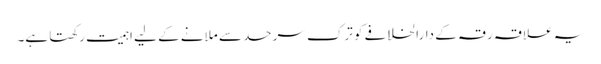
یہ علاقہ رقہ کے دارالخلافے کو ترک سرحد سے ملانے کے لیے اہمیت رکھتا ہے۔